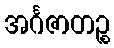
အင်္ဂဇာတဉ္စ